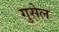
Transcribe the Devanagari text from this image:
गुसेल